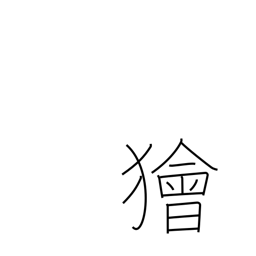
Meaning: crafty